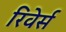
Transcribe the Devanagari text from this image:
रिवेर्स